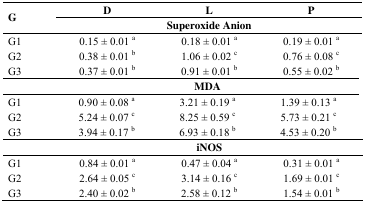
| <ROWSPAN=3> G | D | L | P |
 | <COLSPAN=3> Superoxide Anion |
 | --- | --- | --- | --- |
 | G1 | 0.15 ± 0.01 a | 0.18 ± 0.01 a | 0.19 ± 0.01 a |
 | G2 | 0.38 ± 0.01 b | 1.06 ± 0.02 c | 0.76 ± 0.08 c |
 | G3 | 0.37 ± 0.01 b | 0.91 ± 0.01 b | 0.55 ± 0.02 b |
 |  | <COLSPAN=3> MDA |
 | G1 | 0.90 ± 0.08 a | 3.21 ± 0.19 a | 1.39 ± 0.13 a |
 | G2 | 5.24 ± 0.07 c | 8.25 ± 0.59 c | 5.73 ± 0.21 c |
 | G3 | 3.94 ± 0.17 b | 6.93 ± 0.18 b | 4.53 ± 0.20 b |
 |  | <COLSPAN=3> iNOS |
 | G1 | 0.84 ± 0.01 a | 0.47 ± 0.04 a | 0.31 ± 0.01 a |
 | G2 | 2.64 ± 0.05 c | 3.14 ± 0.16 c | 1.69 ± 0.01 c |
 | G3 | 2.40 ± 0.02 b | 2.58 ± 0.12 b | 1.54 ± 0.01 b |